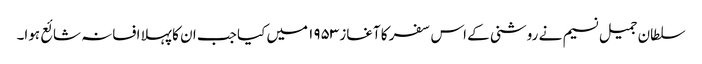
سلطان جمیل نسیم نے روشنی کے اس سفر کا آغاز ۱۹۵۳ میں کیا جب ان کا پہلا افسانہ شائع ہوا۔